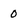
Character: 0